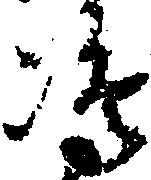
嶋